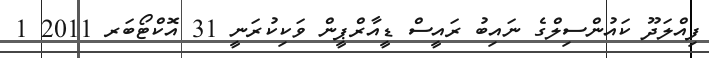
ފިއްލަދޫ ކައުންސިލްގެ ނައިބު ރައީސް ޑީއާރްޕީން ވަކިކުރަނީ 31 އޮކްޓޯބަރ 2011 1